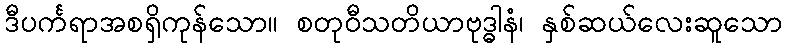
ဒီပင်္ကရာအစရှိကုန်သော။ စတုဝီသတိယာဗုဒ္ဓါနံ၊ နှစ်ဆယ်လေးဆူသော